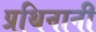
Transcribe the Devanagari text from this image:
प्रथिनानी